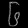
Digit: ၆